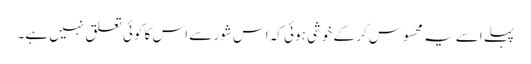
پہلے اسے یہ محسوس کر کے خوشی ہوئی کہ اس شور سے اس کا کوئی تعلق نہیں ہے۔